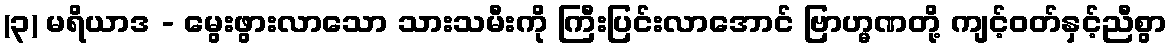
(၃) မရိယာဒ - မွေးဖွားလာသော သားသမီးကို ကြီးပြင်းလာအောင် ဗြာဟ္မဏတို့ ကျင့်ဝတ်နှင့်ညီစွာ